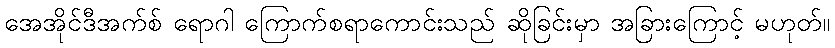
အေအိုင်ဒီအက်စ် ရောဂါ ကြောက်စရာကောင်းသည် ဆိုခြင်းမှာ အခြားကြောင့် မဟုတ်။